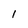
Character: l